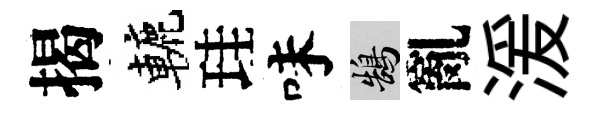
揭轆珪味鵠亂湲